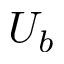
U _ { b }